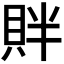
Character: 𬥓